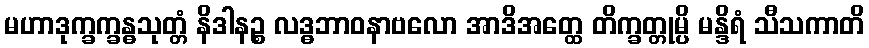
မဟာဒုက္ခက္ခန္ဓသုတ္တံ နိဒါနဉ္စ လဒ္ဓဘာဝနာဗလော အာဒိအတ္ထေ တိက္ခတ္တုမ္ပိ မန္ဒိရံ သီသကာတိ